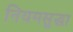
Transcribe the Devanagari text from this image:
नियमसुद्धा